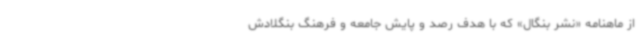
از ماهنامه «نشر بنگال» که با هدف رصد و پایش جامعه و فرهنگ بنگلادش